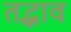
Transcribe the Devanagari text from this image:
तद्भाव